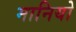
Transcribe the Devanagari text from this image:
मानियो